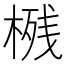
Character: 𱣴